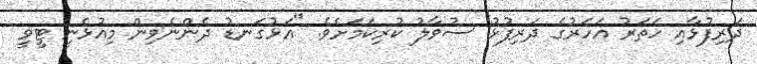
ދަރިފުޅާއި ހަތަރު އަހަރުގެ ދަރިފުޅު ސުވާލު ކުރިކަމަށެވެ. "އަޅުގަނޑު ދެންނެވިން މިއުޅެނީ ޓީވީ